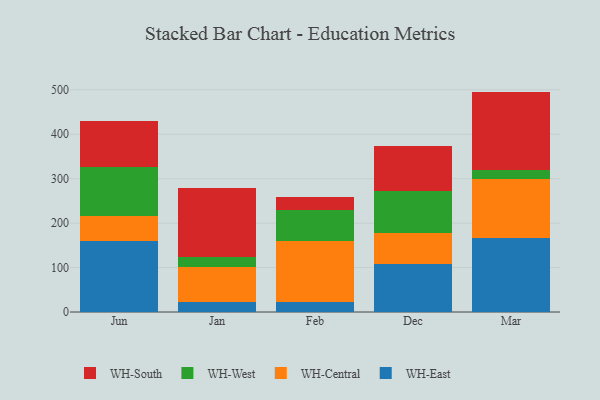
{"axis": {"x": "Month", "y": "Shipments"}, "legend": ["WH-Central", "WH-East", "WH-South", "WH-West"], "data": [{"x": "Jun", "y": 160.0, "type": "WH-East"}, {"x": "Jun", "y": 55.8, "type": "WH-Central"}, {"x": "Jun", "y": 111.2, "type": "WH-West"}, {"x": "Jun", "y": 103.1, "type": "WH-South"}, {"x": "Jan", "y": 23.4, "type": "WH-East"}, {"x": "Jan", "y": 78.3, "type": "WH-Central"}, {"x": "Jan", "y": 22.1, "type": "WH-West"}, {"x": "Jan", "y": 154.8, "type": "WH-South"}, {"x": "Feb", "y": 22.8, "type": "WH-East"}, {"x": "Feb", "y": 136.5, "type": "WH-Central"}, {"x": "Feb", "y": 71.0, "type": "WH-West"}, {"x": "Feb", "y": 27.7, "type": "WH-South"}, {"x": "Dec", "y": 107.9, "type": "WH-East"}, {"x": "Dec", "y": 70.8, "type": "WH-Central"}, {"x": "Dec", "y": 93.3, "type": "WH-West"}, {"x": "Dec", "y": 100.5, "type": "WH-South"}, {"x": "Mar", "y": 167.6, "type": "WH-East"}, {"x": "Mar", "y": 132.4, "type": "WH-Central"}, {"x": "Mar", "y": 20.4, "type": "WH-West"}, {"x": "Mar", "y": 175.6, "type": "WH-South"}]}